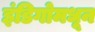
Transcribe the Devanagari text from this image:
इंडिगोमधून